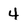
Character: 4